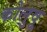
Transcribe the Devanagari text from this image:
कोलुवू